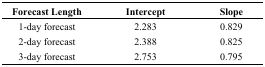
| Forecast Length | Intercept | Slope |
 | --- | --- | --- |
 | 1-day forecast | 2.283 | 0.829 |
 | 2-day forecast | 2.388 | 0.825 |
 | 3-day forecast | 2.753 | 0.795 |